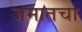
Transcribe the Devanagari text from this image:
जमातचा